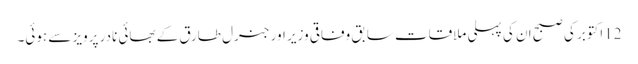
12اکتوبر کی صبح ان کی پہلی ملاقات سابق وفاقی وزیر اور جنرل طارق کے بھائی نادر پرویز سے ہوئی۔